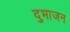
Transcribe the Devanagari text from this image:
दुभाजन